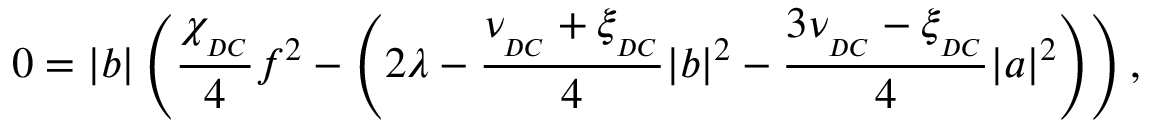
0 = | b | \left( \frac { \chi _ { _ { D C } } } { 4 } f ^ { 2 } - \left( 2 \lambda - \frac { \nu _ { _ { D C } } + \xi _ { _ { D C } } } { 4 } | b | ^ { 2 } - \frac { 3 \nu _ { _ { D C } } - \xi _ { _ { D C } } } { 4 } | a | ^ { 2 } \right) \right) ,